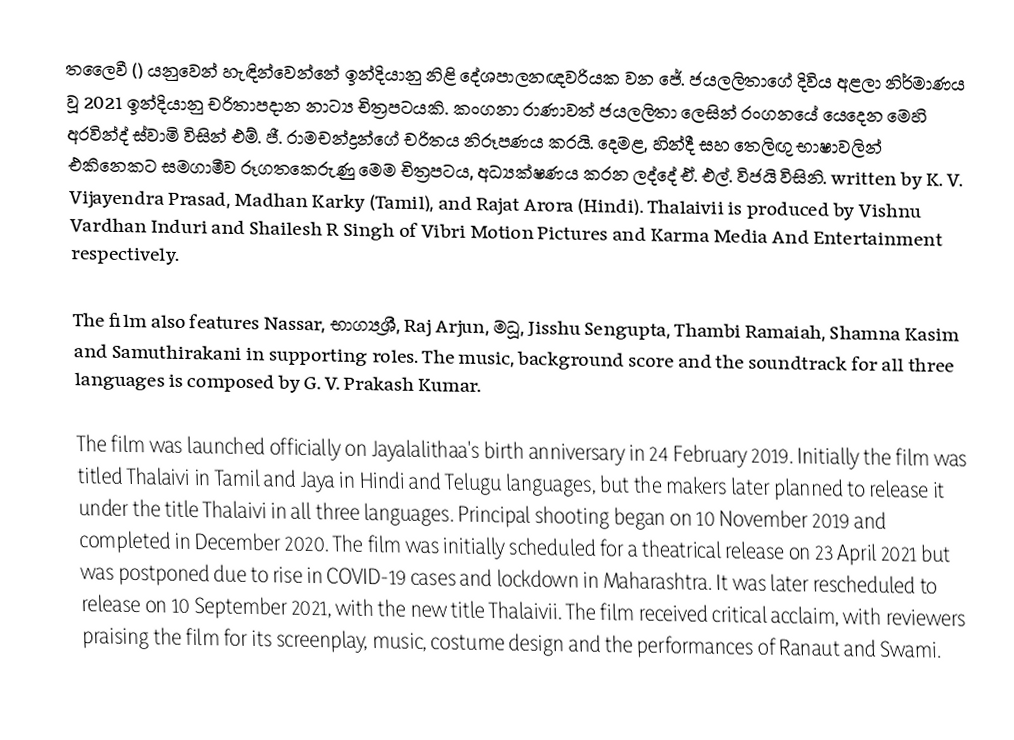
තලෛවී () යනුවෙන් හැඳින්වෙන්නේ ඉන්දියානු නිළි දේශපාලනඥවරියක වන ජේ. ජයලලිතාගේ දිවිය අළලා නිර්මාණය වූ 2021 ඉන්දියානු චරිතාපදාන නාට්‍ය චිත්‍රපටයකි. කංගනා රාණාවත් ජයලලිතා ලෙසින් රංගනයේ යෙදෙන මෙහි අරවින්ද් ස්වාමි විසින් එම්. ජී. රාමචන්ද්‍රන්ගේ චරිතය නිරූපණය කරයි. දෙමළ, හින්දී සහ තෙලිඟු භාෂාවලින් එකිනෙකට සමගාමීව රූගතකෙරුණු මෙම චිත්‍රපටය, අධ්‍යක්ෂණය කරන ලද්දේ ඒ. එල්. විජයි විසිනි. written by K. V. Vijayendra Prasad, Madhan Karky (Tamil), and Rajat Arora (Hindi). Thalaivii is produced by Vishnu Vardhan Induri and Shailesh R Singh of Vibri Motion Pictures and Karma Media And Entertainment respectively.

The film also features  Nassar,  භාග්‍යශ්‍රී, Raj Arjun, මධූ, Jisshu Sengupta, Thambi Ramaiah, Shamna Kasim and Samuthirakani in supporting roles. The music, background score and the soundtrack for all three languages is composed by G. V. Prakash Kumar.

The film was launched officially on Jayalalithaa's birth anniversary in 24 February 2019. Initially the film was titled Thalaivi in Tamil and Jaya in Hindi and Telugu languages, but the makers later planned to release it under the title Thalaivi in all three languages. Principal shooting began on 10 November 2019 and completed in December 2020. The film was initially scheduled for a theatrical release on 23 April 2021 but was postponed due to rise in COVID-19 cases and lockdown in Maharashtra. It was later rescheduled to release on 10 September 2021, with the new title Thalaivii. The film received critical acclaim, with reviewers praising the film for its screenplay, music, costume design and the performances of Ranaut and Swami.